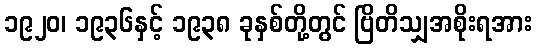
၁၉၂၀၊ ၁၉၃၆နှင့် ၁၉၃၈ ခုနှစ်တို့တွင် ဗြိတိသျှအစိုးရအား